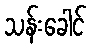
သန်းခေါင်